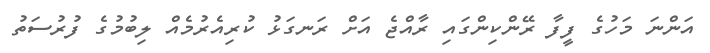
އަންނަ މަހުގެ ފީފާ ރޭންކިންގައި ރާއްޖެ އަށް ރަނގަޅު ކުރިއެރުމެއް ލިބުމުގެ ފުރުސަތު